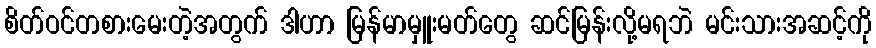
စိတ်ဝင်တစားမေးတဲ့အတွက် ဒါဟာ မြန်မာမှူးမတ်တွေ ဆင်မြန်းလို့မရဘဲ မင်းသားအဆင့်ကို